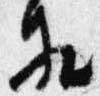
相